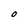
Character: O